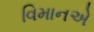
વિમાનએ